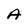
Character: A